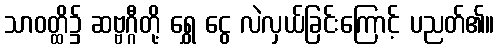
သာဝတ္ထိ၌ ဆဗ္ဗဂ္ဂီတို့ ရွှေ ငွေ လဲလှယ်ခြင်းကြောင့် ပညတ်၏။